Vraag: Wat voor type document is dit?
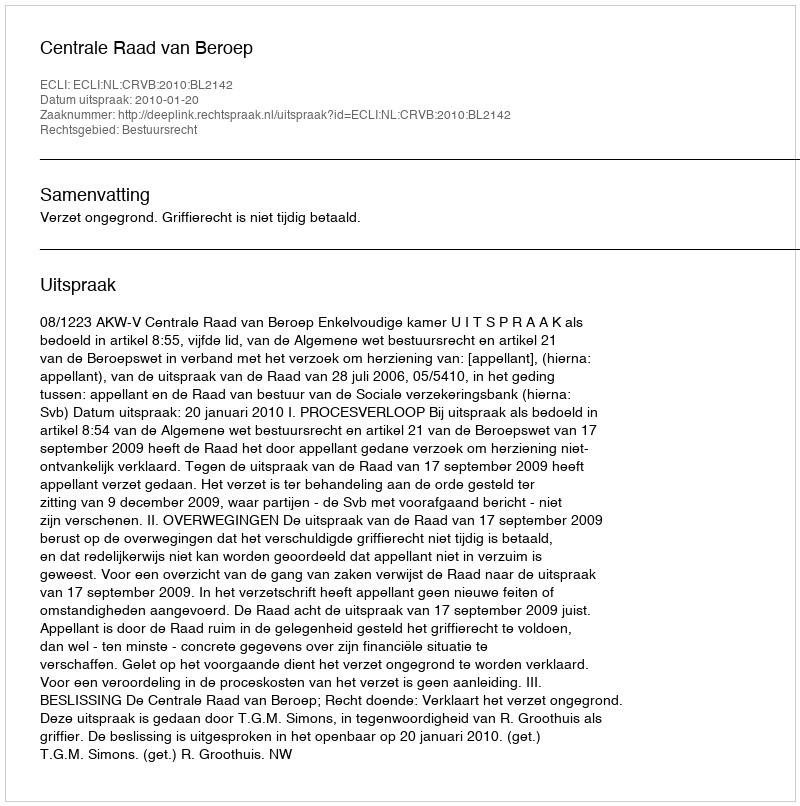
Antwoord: Uitspraak